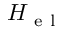
H _ { \mathrm { ~ e ~ l ~ } }